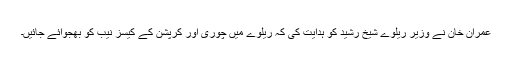
عمران خان نے وزیر ریلوے شیخ رشید کو ہدایت کی کہ ریلوے میں چوری اور کرپشن کے کیسز نیب کو بھجوائے جائیں۔